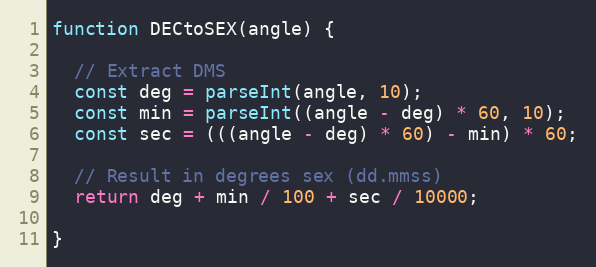
Language: JavaScript
function DECtoSEX(angle) {

  // Extract DMS
  const deg = parseInt(angle, 10);
  const min = parseInt((angle - deg) * 60, 10);
  const sec = (((angle - deg) * 60) - min) * 60;

  // Result in degrees sex (dd.mmss)
  return deg + min / 100 + sec / 10000;

}